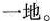
一地。